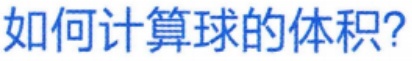
如何计算球的体积?